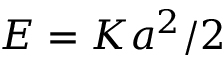
E = K \boldsymbol { a } ^ { 2 } / 2